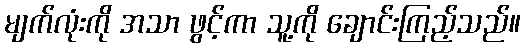
မျက်လုံးကို အသာ ဖွင့်ကာ သူ့ကို ချောင်းကြည့်သည်။